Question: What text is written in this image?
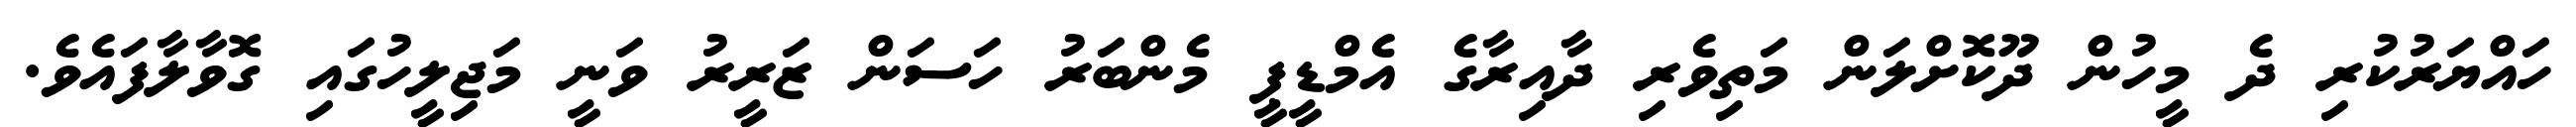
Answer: ހައްޔަރުކުރި ދެ މީހުން ދޫކޮށްލަން މަތިވެރި ދާއިރާގެ އެމްޑީޕީ މެންބަރު ހަސަން ޒަރީރު ވަނީ މަޖިލީހުގައި ގޮވާލާފައެވެ.